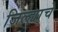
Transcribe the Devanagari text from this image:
जिल्ह्या्चे